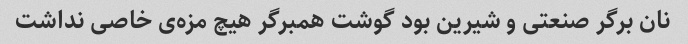
نان برگر صنعتی و شیرین بود گوشت همبرگر هیچ مزه‌ی خاصی نداشت